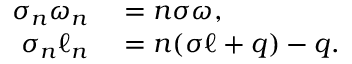
\begin{array} { r l } { \sigma _ { n } \omega _ { n } } & { { } = n \sigma \omega , } \\ { \sigma _ { n } \ell _ { n } } & { { } = n ( \sigma \ell + q ) - q . } \end{array}